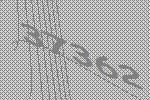
37362